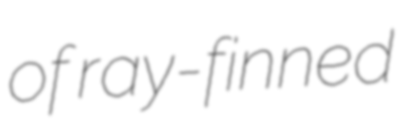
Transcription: of ray-finned